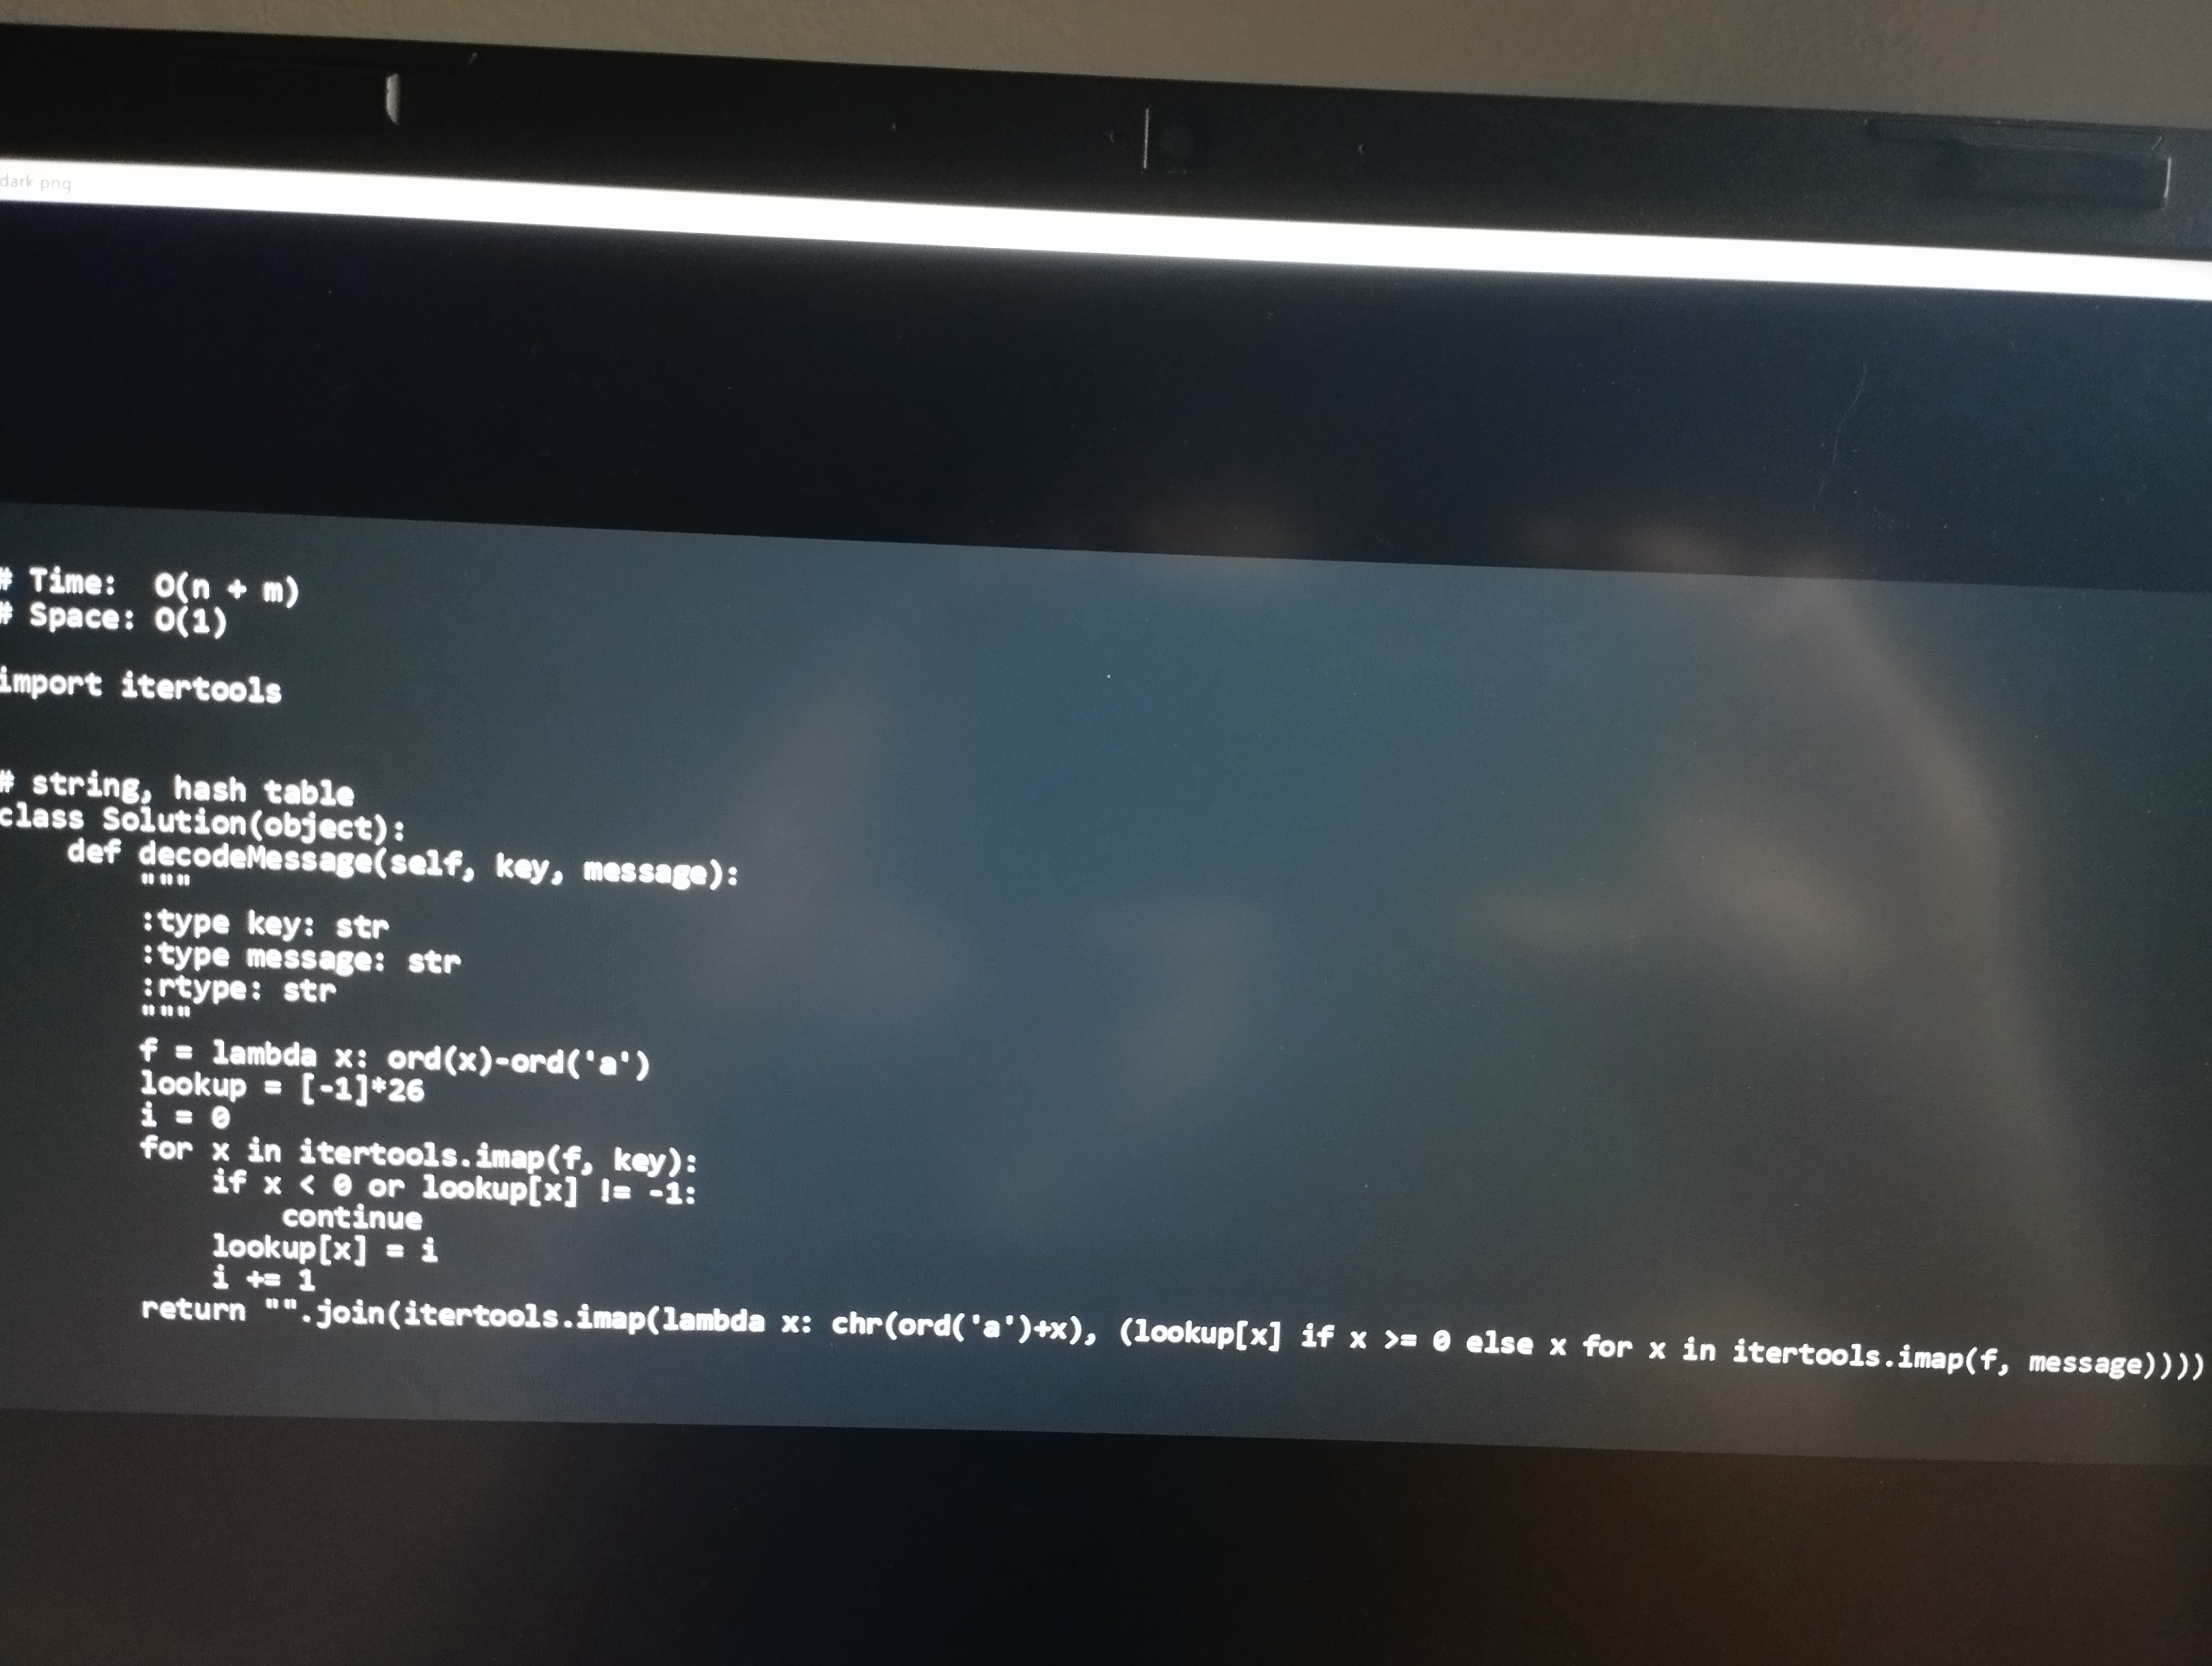
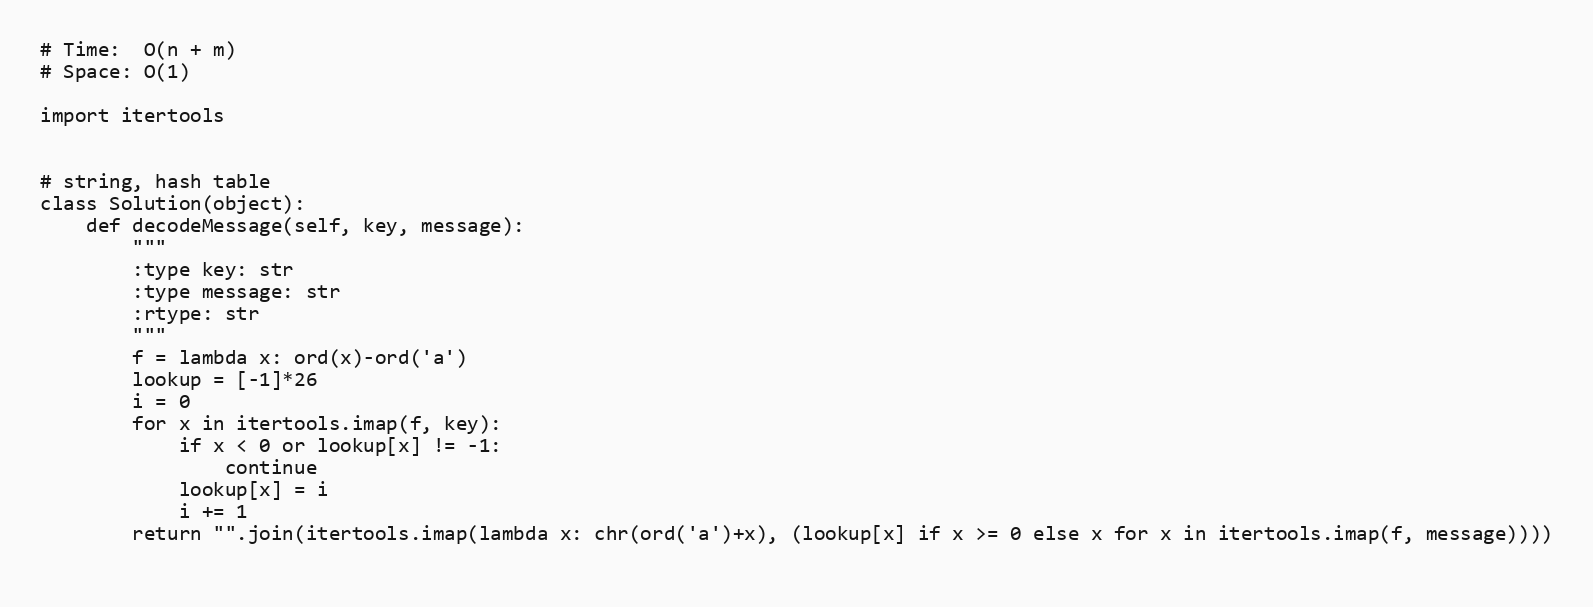
# Time:  O(n + m)
# Space: O(1)

import itertools

# string, hash table
class Solution(object):
    def decodeMessage(self, key, message):
        """
        :type key: str
        :type message: str
        :rtype: str
        """
        f = lambda x: ord(x)-ord('a')
        lookup = [-1]*26
        i = 0
        for x in itertools.imap(f, key):
            if x < 0 or lookup[x] != -1:
                continue
            lookup[x] = i
            i += 1
        return "".join(itertools.imap(lambda x: chr(ord('a')+x), (lookup[x] if x >= 0 else x for x in itertools.imap(f, message))))